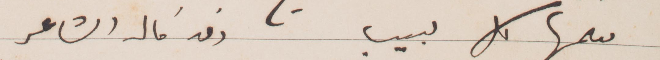
مثلما كل حبيب وقد قال الشاعر